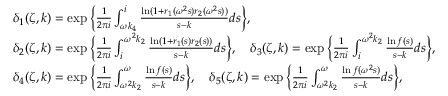
\begin{array} { r l } & { \delta _ { 1 } ( \zeta , k ) = \exp \bigg \{ \frac { 1 } { 2 \pi i } \int _ { \omega k _ { 4 } } ^ { i } \frac { \ln ( 1 + r _ { 1 } ( \omega ^ { 2 } s ) r _ { 2 } ( \omega ^ { 2 } s ) ) } { s - k } d s \bigg \} , } \\ & { \delta _ { 2 } ( \zeta , k ) = \exp \bigg \{ \frac { 1 } { 2 \pi i } \int _ { i } ^ { \omega ^ { 2 } k _ { 2 } } \frac { \ln ( 1 + r _ { 1 } ( s ) r _ { 2 } ( s ) ) } { s - k } d s \bigg \} , \quad \delta _ { 3 } ( \zeta , k ) = \exp \bigg \{ \frac { 1 } { 2 \pi i } \int _ { i } ^ { \omega ^ { 2 } k _ { 2 } } \frac { \ln f ( s ) } { s - k } d s \bigg \} , } \\ & { \delta _ { 4 } ( \zeta , k ) = \exp \bigg \{ \frac { 1 } { 2 \pi i } \int _ { \omega ^ { 2 } k _ { 2 } } ^ { \omega } \frac { \ln f ( s ) } { s - k } d s \bigg \} , \quad \delta _ { 5 } ( \zeta , k ) = \exp \bigg \{ \frac { 1 } { 2 \pi i } \int _ { \omega ^ { 2 } k _ { 2 } } ^ { \omega } \frac { \ln f ( \omega ^ { 2 } s ) } { s - k } d s \bigg \} , } \end{array}